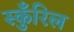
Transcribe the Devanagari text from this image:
स्कुँरिल